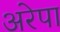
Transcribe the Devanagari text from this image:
अरेपा